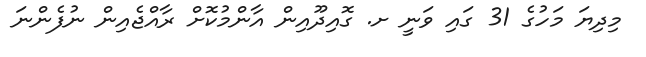
މިދިޔަ މަހުގެ 31 ގައި ވަނީ ށ. ގޮއިދޫއިން އާންމުކޮށް ރާއްޖެއިން ނުފެންނަ